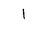
Letter: _alif